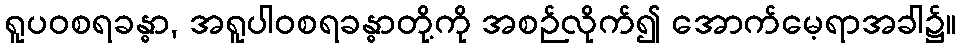
ရူပဝစရခန္ဓာ, အရူပါဝစရခန္ဓာတို့ကို အစဉ်လိုက်၍ အောက်မေ့ရာအခါ၌။